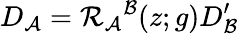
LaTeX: D_{{\cal A}}={\cal R}_{{\cal A}}{}^{{\cal B}}(z;g)D_{{\cal B}}^{\prime}